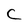
Character: c